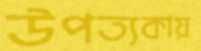
উপত্যকায়